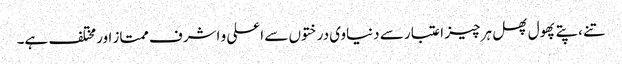
تنے ،پتے پھول پھل ہر چیز اعتبار سے دنیاوی درختوں سے اعلی و اشرف ممتاز اورمختلف ہے۔